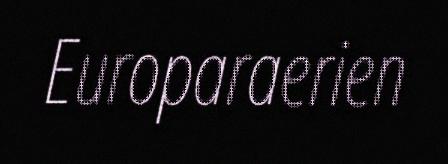
Europaraerien